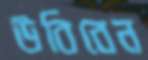
উবিবেন